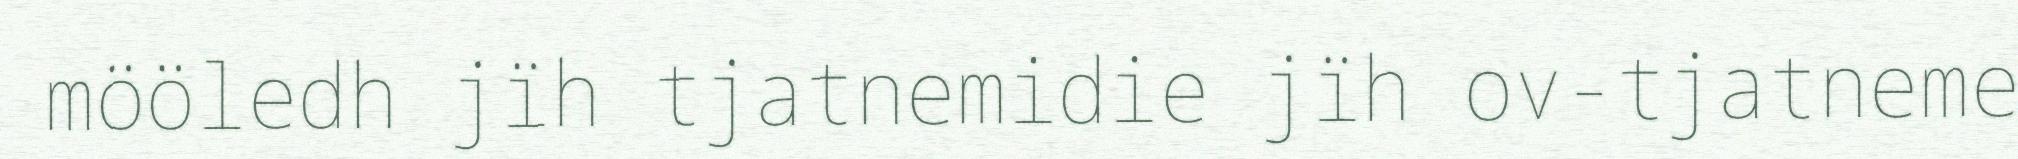
mööledh jïh tjatnemidie jïh ov-tjatneme